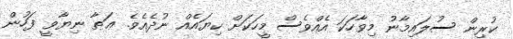
ކުރިން ސުލައިމާނު މިވާހަކަ އެއްވެސް މީހަކަށް ކިޔައެއް ނުދެއެވެ. ޢަޠާ ނިޔާވީ ފަހުން